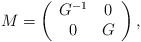
LaTeX: \begin{align*}M=\left(\begin{array} {cc}G^{-1} & 0 \\ 0 & G \end{array}\right),\end{align*}